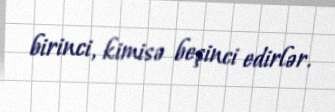
birinci, kimisə beşinci edirlər.